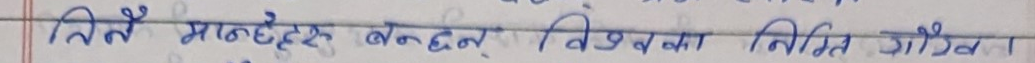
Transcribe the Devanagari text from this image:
तिनै मण्डेथ बंधन विश्वका नियत सोख।